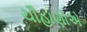
ચૌહાણોએ